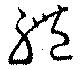
礼